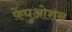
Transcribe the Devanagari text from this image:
फ़ेंघुओशन